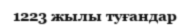
1223 жылы туғандар